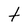
Character: t